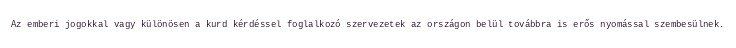
Az emberi jogokkal vagy különösen a kurd kérdéssel foglalkozó szervezetek az országon belül továbbra is erős nyomással szembesülnek.